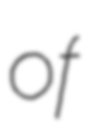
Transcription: of